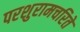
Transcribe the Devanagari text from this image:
परशुरामचरिते